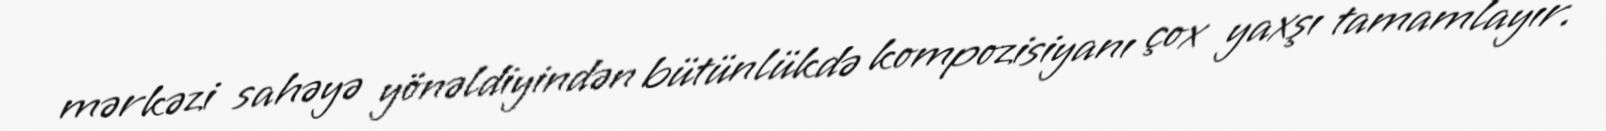
mərkəzi sahəyə yönəldiyindən bütünlükdə kompozisiyanı çox yaxşı tamamlayır.